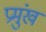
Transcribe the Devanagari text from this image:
प्रमुंख